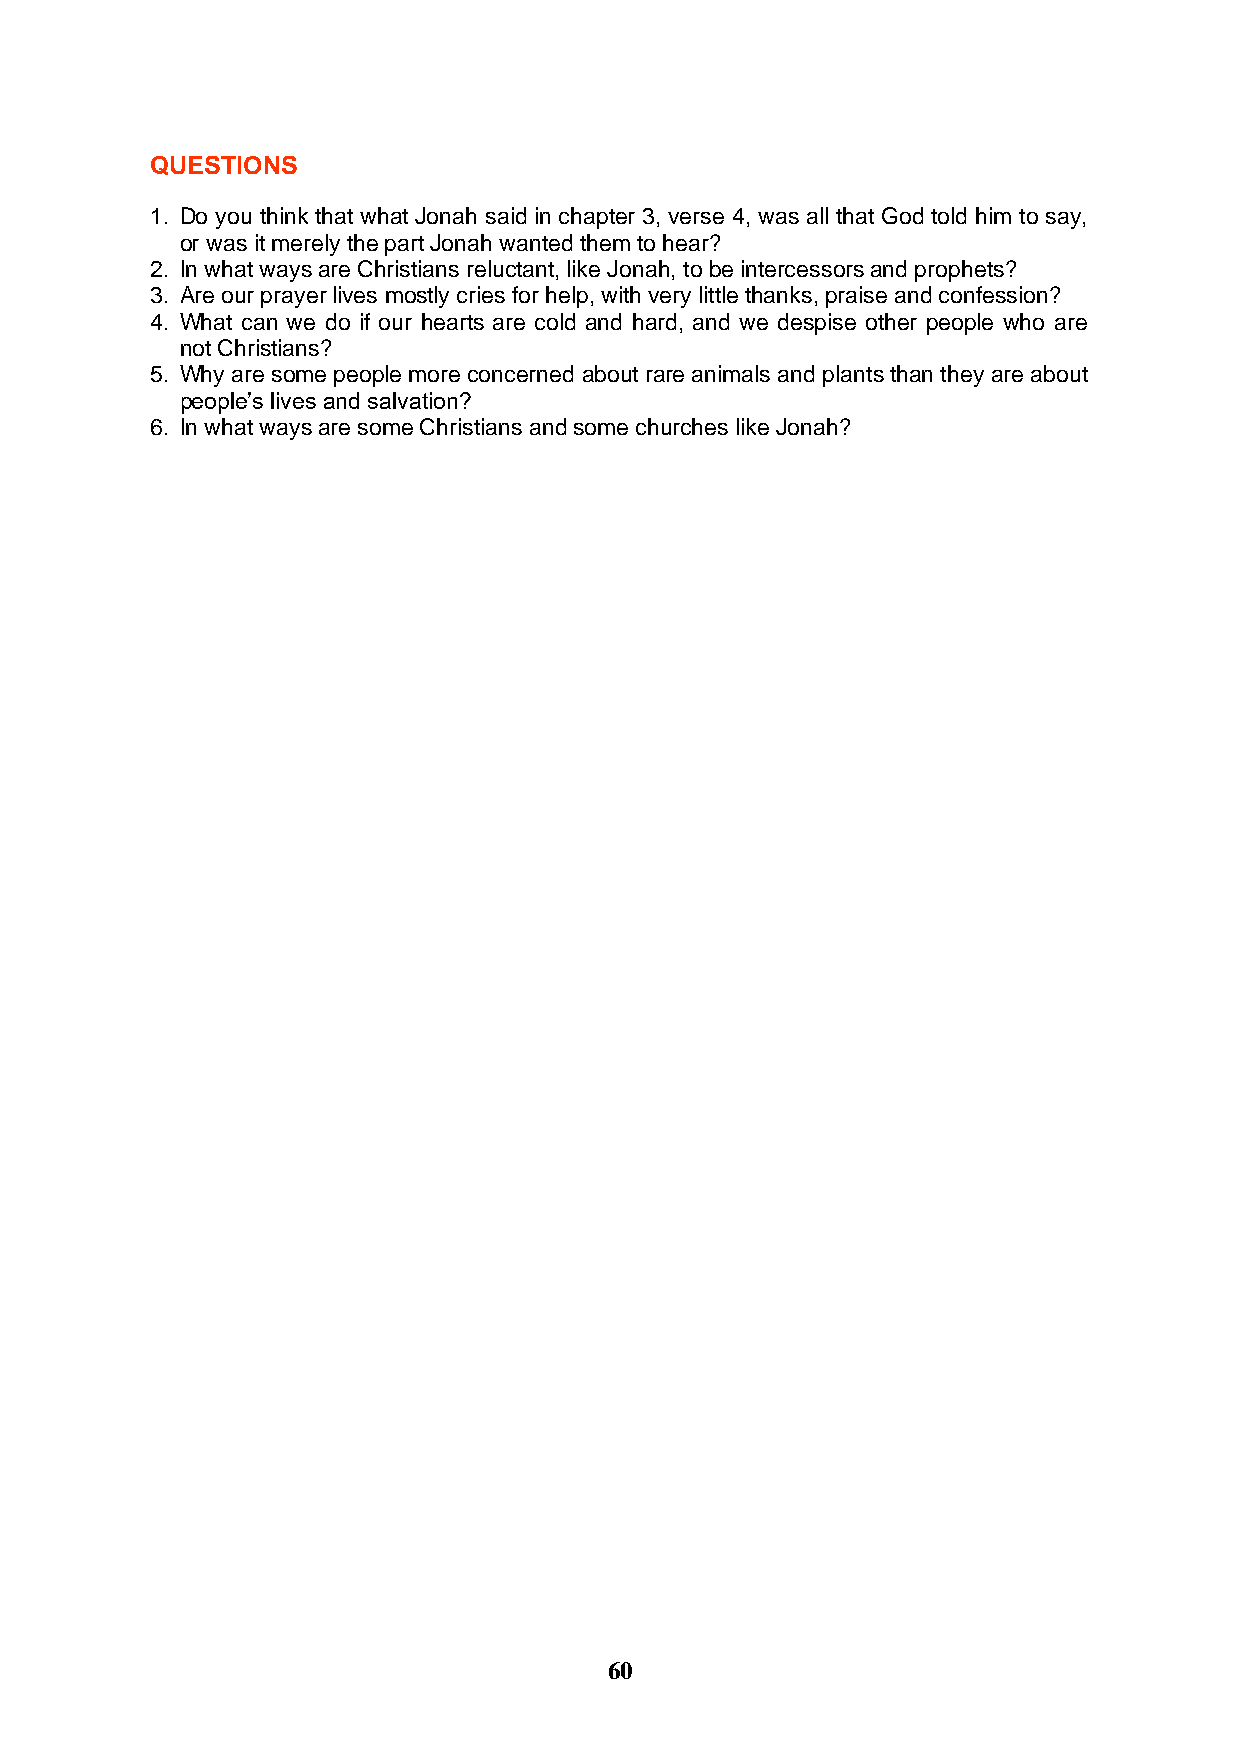
QUESTIONS
 1. Do you think that what Jonah said in chapter 3, verse 4, was all that God told him to say,
 or was it merely the part Jonah wanted them to hear?
 2. In what ways are Christians reluctant, like Jonah, to be intercessors and prophets?
 3. Are our prayer lives mostly cries for help, with very little thanks, praise and confession?
 4. What can we do if our hearts are cold and hard, and we despise other people who are
 not Christians?
 5. Why are some people more concerned about rare animals and plants than they are about
 people’s lives and salvation?
 6. In what ways are some Christians and some churches like Jonah?
 60